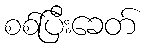
စစ်ပြီးခေတ်